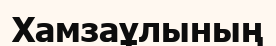
Хамзаұлының